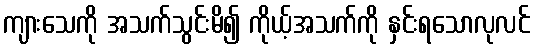
ကျားသေကို အသက်သွင်းမိ၍ ကိုယ့်အသက်ကို နှင်းရသောလုလင်